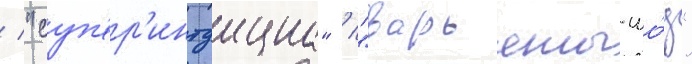
/ "суп'ер'интуициа" / "варьяты-шо́у"